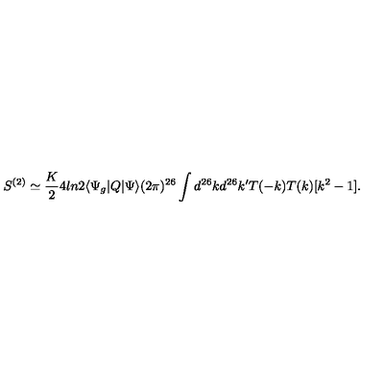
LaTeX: S ^ { ( 2 ) } \simeq \frac K 2 4 l n 2 \langle \Psi _ { g } | Q | \Psi \rangle ( 2 \pi ) ^ { 2 6 } \int d ^ { 2 6 } k d ^ { 2 6 } k ^ { \prime } T ( - k ) T ( k ) [ k ^ { 2 } - 1 ] .